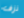
نزف